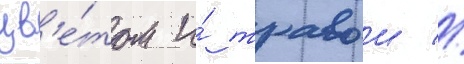
цв'е́том и́ травои //